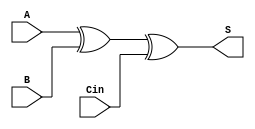
module full_adder(S, A, B, Cin);
  input A, B, Cin;
  output S;
  wire w1, w2, w3;
    
  xor sum_result(S, A, B, Cin);
  and A_and_B(w1, A, B);
  and A_and_Cin(w2, A, Cin);
  and B_and_Cin(w3, B, Cin);
endmodule